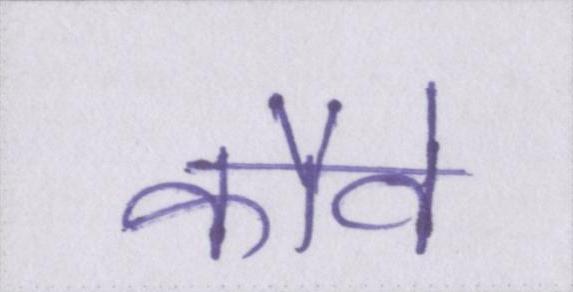
कौवे